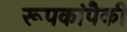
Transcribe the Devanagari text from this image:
रूपकांपैकी